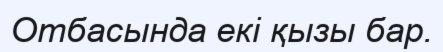
Отбасында екі қызы бар.